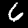
Digit: 6